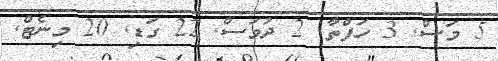
5 މަސް